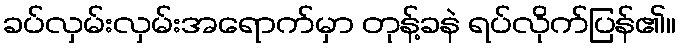
ခပ်လှမ်းလှမ်းအရောက်မှာ တုန့်ခနဲ ရပ်လိုက်ပြန်၏။